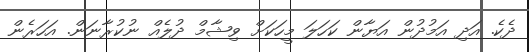
ދެކެ. އަދި އަމުދުން އަޔާން ކަހަލަ މީހަކަށް ވިޝާމް ދުލެއް ނުކުރާނަން. އަހަރެން